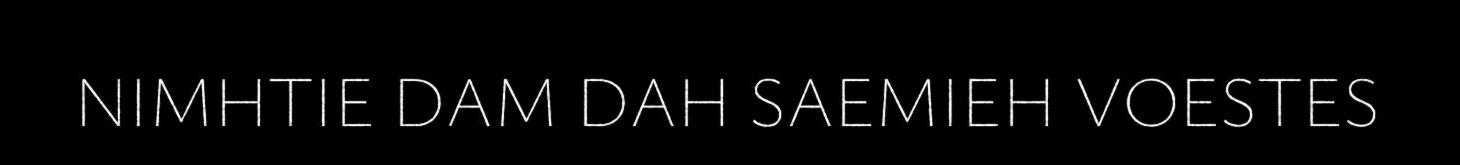
NIMHTIE DAM DAH SAEMIEH VOESTES